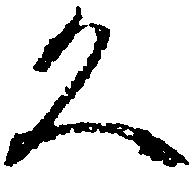
久